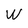
Character: W